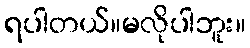
ရပါတယ်။မလိုပါဘူး။